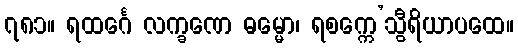
၇၈၁။ ရထင်္ဂေ လက္ခဏေ ဓမ္မော၊ ရစက္ကေ’သွီရိယာပထေ။